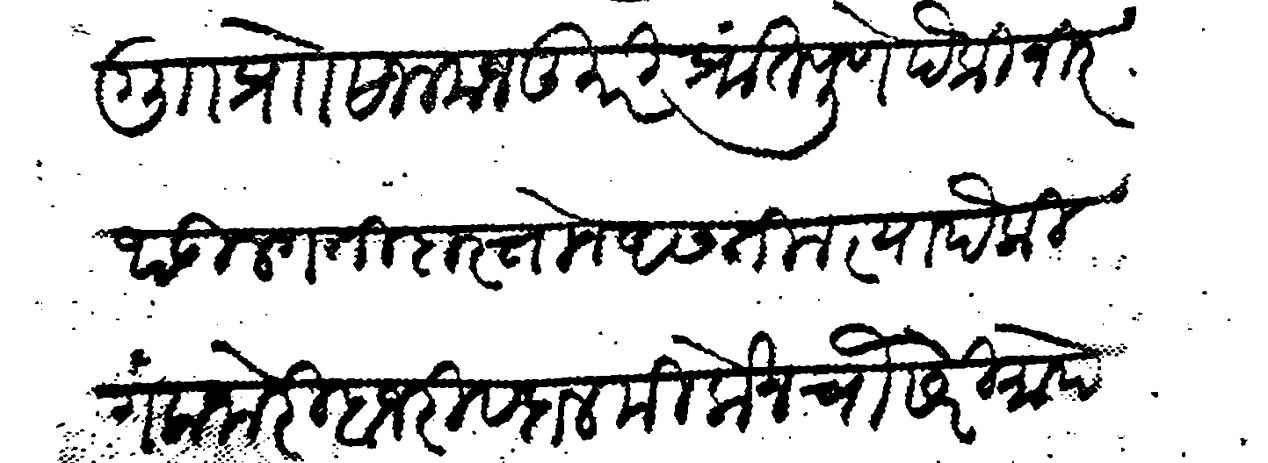
Transliteration (Devanagari): गु प्राो सालमजकूरी प्रांत पुणे पैकी नीर थडी लगती दास्ताने असतील त्यापैकी गला जोरी बाजरी व दाल मिलोन चौ सेरी मापे